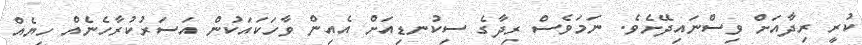
ކުރީ ރިދާއަށް ވިސްނައިދޭށެވެ. ނަމަވެސް ރިދާގެ ސިކުނޑިއަށް އެއިން ވާހަކައަކުން އަސަރުކުރާހެނެއް ހިޔެއް